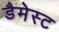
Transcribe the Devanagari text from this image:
डैमेस्ट